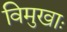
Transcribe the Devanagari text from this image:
विमुखाः